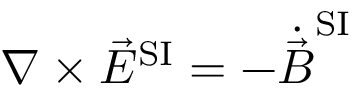
\nabla \times { \vec { E } } ^ { \mathrm { S I } } = - { \dot { \vec { B } } } ^ { \mathrm { S I } }